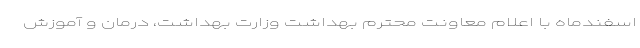
اسفندماه با اعلام معاونت محترم بهداشت وزارت بهداشت، درمان و آموزش